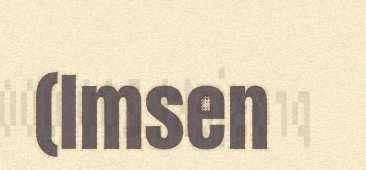
(Imsen